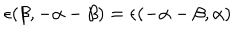
\epsilon ( \beta , - \alpha - \beta ) = \epsilon ( - \alpha - \beta , \alpha )